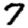
Digit: 7